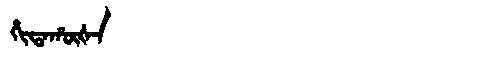
Manchu: ᡥᡳᡨᠠᡥᡡᡧᠠ
Romanization: HITAHŪŠA